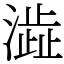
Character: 澁